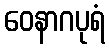
ဝေနာဂပုရံ